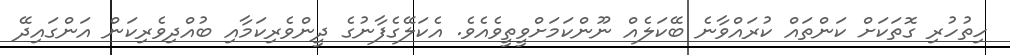
ހިތުހުރި ގޮތަކަށް ކަންތައް ކުރައްވާނެ ބޭކަލެއް ނޫންކަމަށްވީތީވެއެވެ. އެކަލޭގެފާނުގެ ދީންވެރިކަމާއި ބުއްދިވެރިކަން އަންގައިދޭ